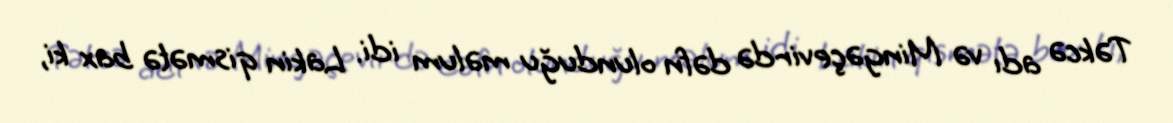
Təkcə adı və Mingəçevirdə dəfn olunduğu məlum idi. Lakin qismətə bax ki,